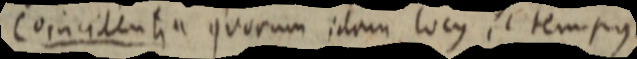
Coincidentia quorum idam locus et tempus.